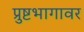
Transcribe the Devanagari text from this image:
प्रुष्टभागावर